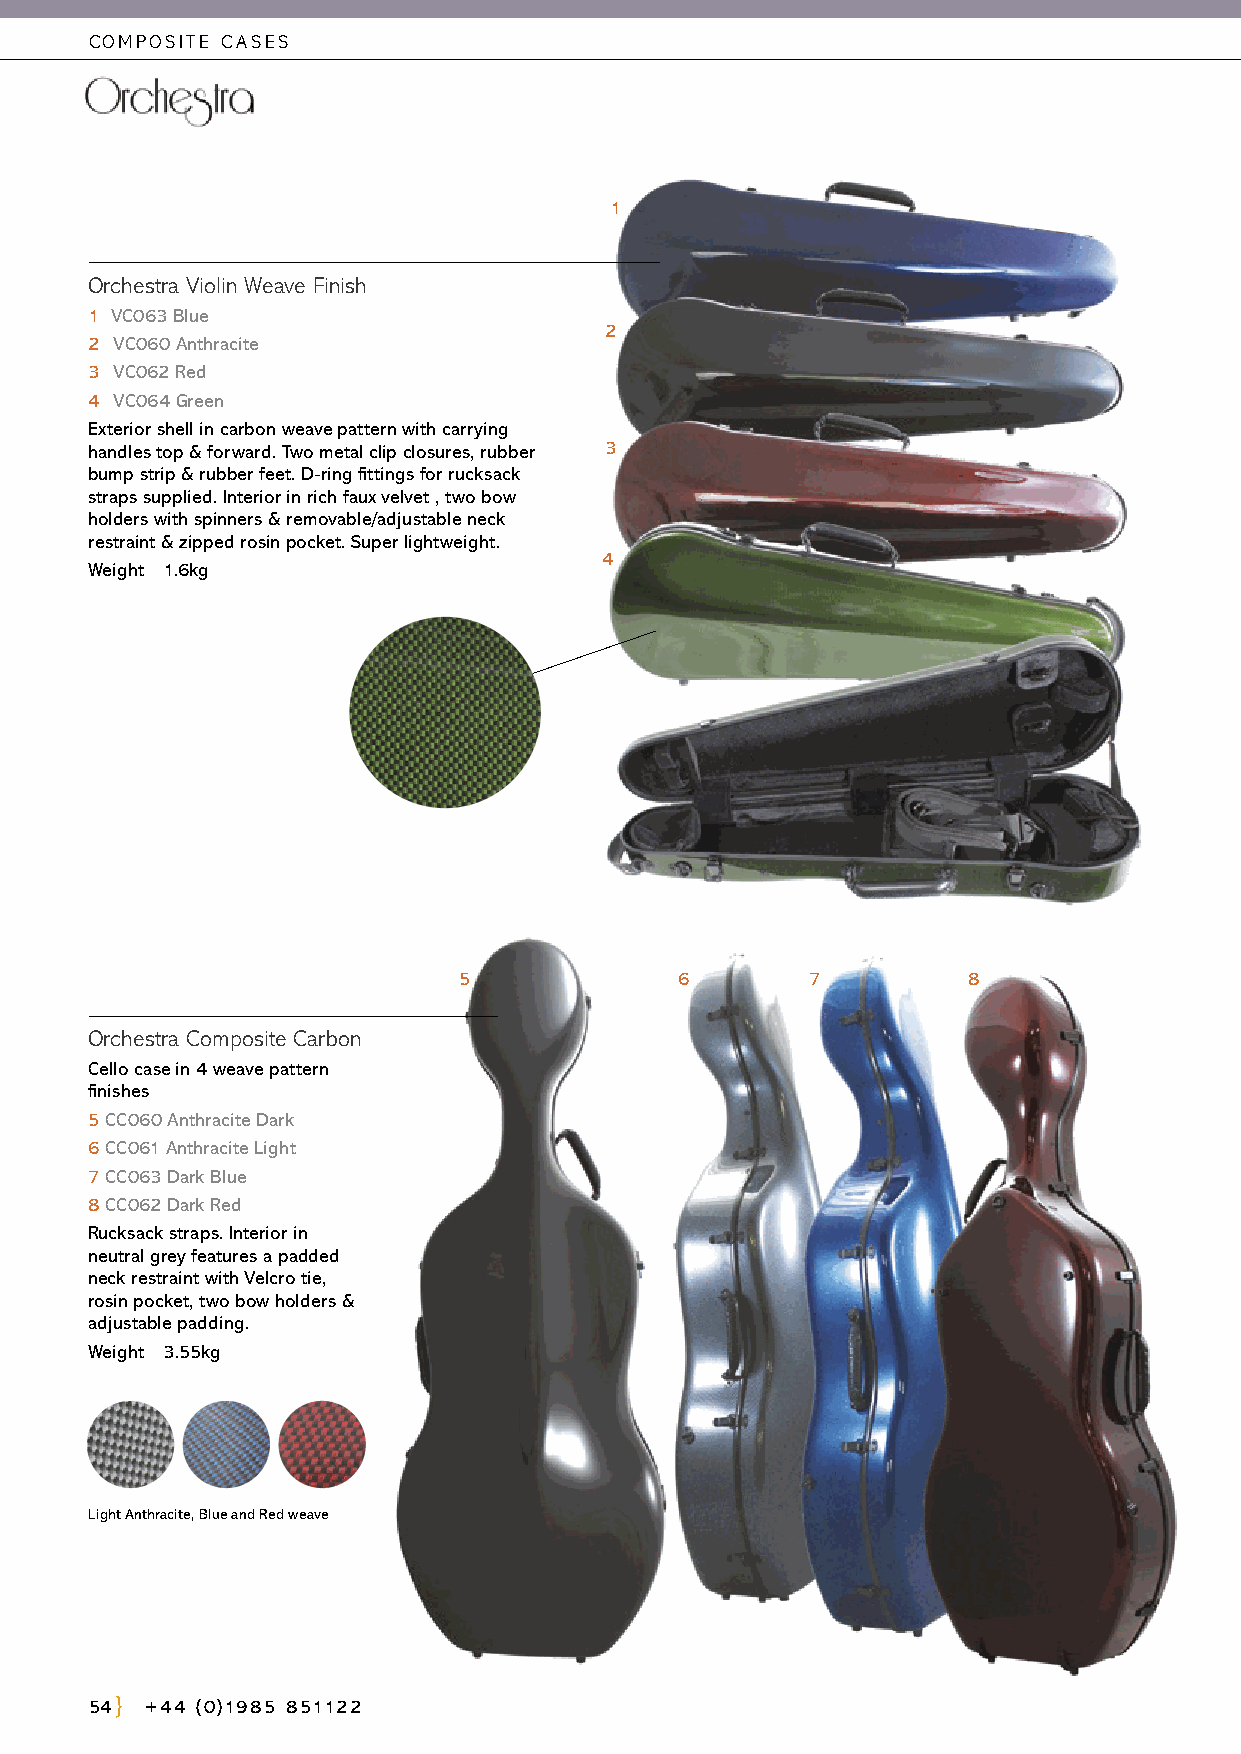
COMPOSITE CASES
 1
 Orchestra Violin Weave Finish
 1 VC063 Blue
 2
 2 VC060 Anthracite
 3 VC062 Red
 4 VC064 Green
 Exterior shell in carbon weave pattern with carrying
 handles top & forward. Two metal clip closures, rubber 3
 bump strip & rubber feet. D-ring fittings for rucksack
 straps supplied. Interior in rich faux velvet , two bow
 holders with spinners & removable/adjustable neck
 restraint & zipped rosin pocket. Super lightweight.
 4
 Weight 1.6kg
 5              6        7         8
 Orchestra Composite Carbon
 Cello case in 4 weave pattern
 finishes
 5 CC060 Anthracite Dark
 6 CC061 Anthracite Light
 7 CC063 Dark Blue
 8 CC062 Dark Red
 Rucksack straps. Interior in
 neutral grey features a padded
 neck restraint with Velcro tie,
 rosin pocket, two bow holders &
 adjustable padding.
 Weight 3.55kg
 Light Anthracite, Blue and Red weave
 54  +44 (0)1985 851122